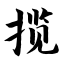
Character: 揽